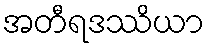
အတီရဒဿိယာ